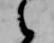
之